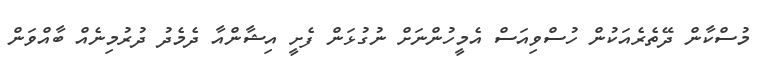
މުސްކާން ދޭތެރެއަކުން ހުސްވިއަސް އެމީހުންނަށް ނުގުޅަން ފެށީ އިޝާންއާ ދެމެދު ދުރުމިނެއް ބާއްވަން